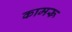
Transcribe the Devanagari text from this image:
कामरू